[Report on the health of British troops in the Madras command]
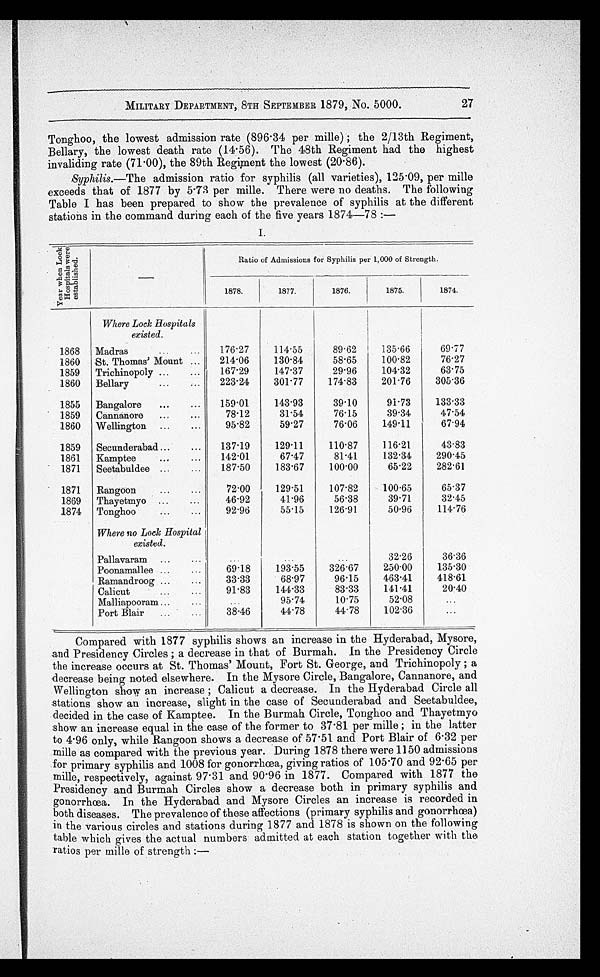
27
MILITARY DEPARTMENT, 8TH SEPTEMBER 1879, No. 5000.
Tonghoo, the lowest admission rate (896.34 per mille); the 2/13th Regiment,
Bellary, the lowest death rate (14.56). The 48th Regiment had the highest
invaliding rate (71.00), the 89th Regiment the lowest (20.86).
Syphilis.—The admission ratio for syphilis (all varieties), 125.09, per mille
exceeds t hat of 1877 by 5. 73 per mi l l e. There were no deat hs. The fol l owi ng
Table I has been prepared to show the prevalence of syphilis at the different
stations in the command during each of the five years 1874—78:—
I.
Y e a r w h e n L o c k H o s p i t a l s w e r e e s t a b l i s h e d .
—
Ratio of Admissions for Syphilis per 1, 000 of Strength.
1878.
1877.
1876.
1875.
1874.
Where Lock Hospitals
existed.
1868
Madras . . .
176.27
114.55
89.62
135.66
69.77
1860
St. Thomas' M ount . . .
214.06
130.84
58.65
100.82
76.27
1859
Trichinopoly . . .
167.29
147.37
29.96
104.32
63.75
1860
223.24
301.77
174.83
201.76
305.36
Bellary . . .
1855
Bangalore . . .
159.01
143.93
39.10
91.73
133.33
1859
Cannanore . . .
78.12
31.54
76.15
39.34
47.54
1860
Wellington . . .
95.82
59.27
76.06
149.11
67.94
1859
Secunderabad . . .
137.19
129.11
110.87
116.21
43.83
1861
Kamptee . . .
142.01
67.47
81.41
132.34
290.45
1871
Seetabuldee . . .
187.50
183.67
100.00
65.22
282.61
1871
Rangoon . . .
72.00
129.51
107.82
100.65
65.37
1869
Thayetmyo . . .
46.92
41.96
56.38
39.71
32.45
1874
Tonghoo . . .
92.96
55.15
126.91
50.96
114.76
Where no Lock Hospital
existed.
Pallavaram . . .
. . .
. . .
. . .
32.26
36.36
Poonamallee . . .
69.18
193.55
326.67
250.00
135.30
Ramandroog . . .
33.33
68.97
96.15
463.41
418.61
Calicut . . .
91.83
144.33
83.33
141.41
20.40
Malliapooram . . .
. . .
95.74
10.75
52.08
. . .
Port Blair . . .
38.46
44.78
44.78
102.36
. . .
Compared with 1877 syphilis shows an increase in the Hyderabad, Mysore,
and Presidency Circles; a decrease in that of Burmah. In the Presidency Circle
the increase occurs at St. Thomas' Mount, Fort St. George, and Trichinopoly; a
decrease being noted elsewhere. In the Mysore Circle, Bangalore, Cannanore, and
Wellington show an increase; Calicut a decrease. In the Hyderabad Circle all
stations show an increase, slight in the case of Secunderabad and Seetabuldee,
decided in the case of Kamptee. In the Burmah Circle, Tonghoo and Thayetmyo
show an increase equal in the case of the former to 37.81 per mille; in the latter
to 4.96 only, while Rangoon shows a decrease of 57.51 and Port Blair of 6.32 per
mille as compared with the previous year. During 1878 there were 1150 admissions
for primary syphilis and 1008 for gonorrhœa, giving ratios of 105.70 and 92.65 per
mille, respectively, against 97.31 and 90.96 in 1877. Compared with 1877 the
Presidency and Burmah Circles show a decrease both in primary syphilis and
gonorrhœa. In the Hyderabad and Mysore Circles an increase is recorded in
both diseases. The prevalence of these affections (primary syphilis and gonorrhœa)
in the various circles and stations during 1877 and 1878 is shown on the following
table which gives the actual numbers admitted at each station together with the
ratios per mille of strength:—